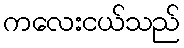
ကလေးငယ်သည်